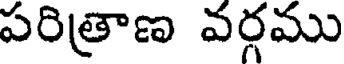
పరిత్రాణ వర్గము